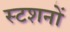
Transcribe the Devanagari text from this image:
स्टशनों